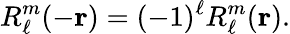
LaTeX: R_{\ell}^{m}(-\mathbf{r})=(-1)^{\ell}R_{\ell}^{m}(\mathbf{r}).